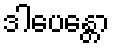
ဒါပေန္တော